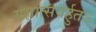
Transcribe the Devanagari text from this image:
यज्ञात्सवर्हुतऽ